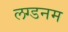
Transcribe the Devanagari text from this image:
लग्डनम